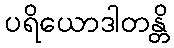
ပရိယောဒါတန္တိ